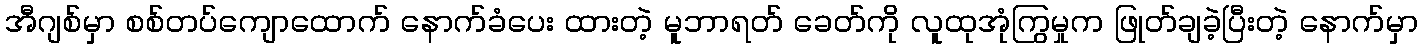
အီဂျစ်မှာ စစ်တပ်ကျောထောက် နောက်ခံပေး ထားတဲ့ မူဘာရတ် ခေတ်ကို လူထုအုံကြွမှုက ဖြုတ်ချခဲ့ပြီးတဲ့ နောက်မှာ